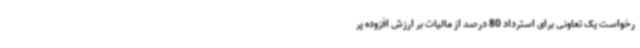
رخواست یک تعاونی برای استرداد 80 درصد از مالیات بر ارزش افزوده پر